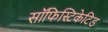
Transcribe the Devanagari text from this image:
सॉफिस्टिकेटिड